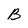
Character: B